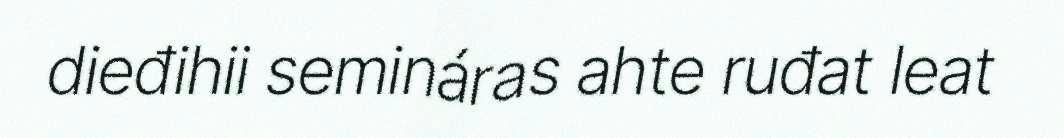
dieđihii semináras ahte ruđat leat